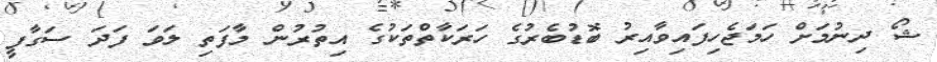
ޝޯ ދިނުމަށް ހަމަޖެހިފައިވާއިރު ބޮޑުބެރުގެ ހަރަކާތްތަކުގެ އިތުރުން މާފަތި ލަވަ ފަދަ ސަގާފީ